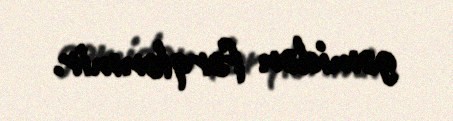
gəmidən fərqlənmir.